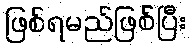
ဖြစ်ရမည်ဖြစ်ပြီး